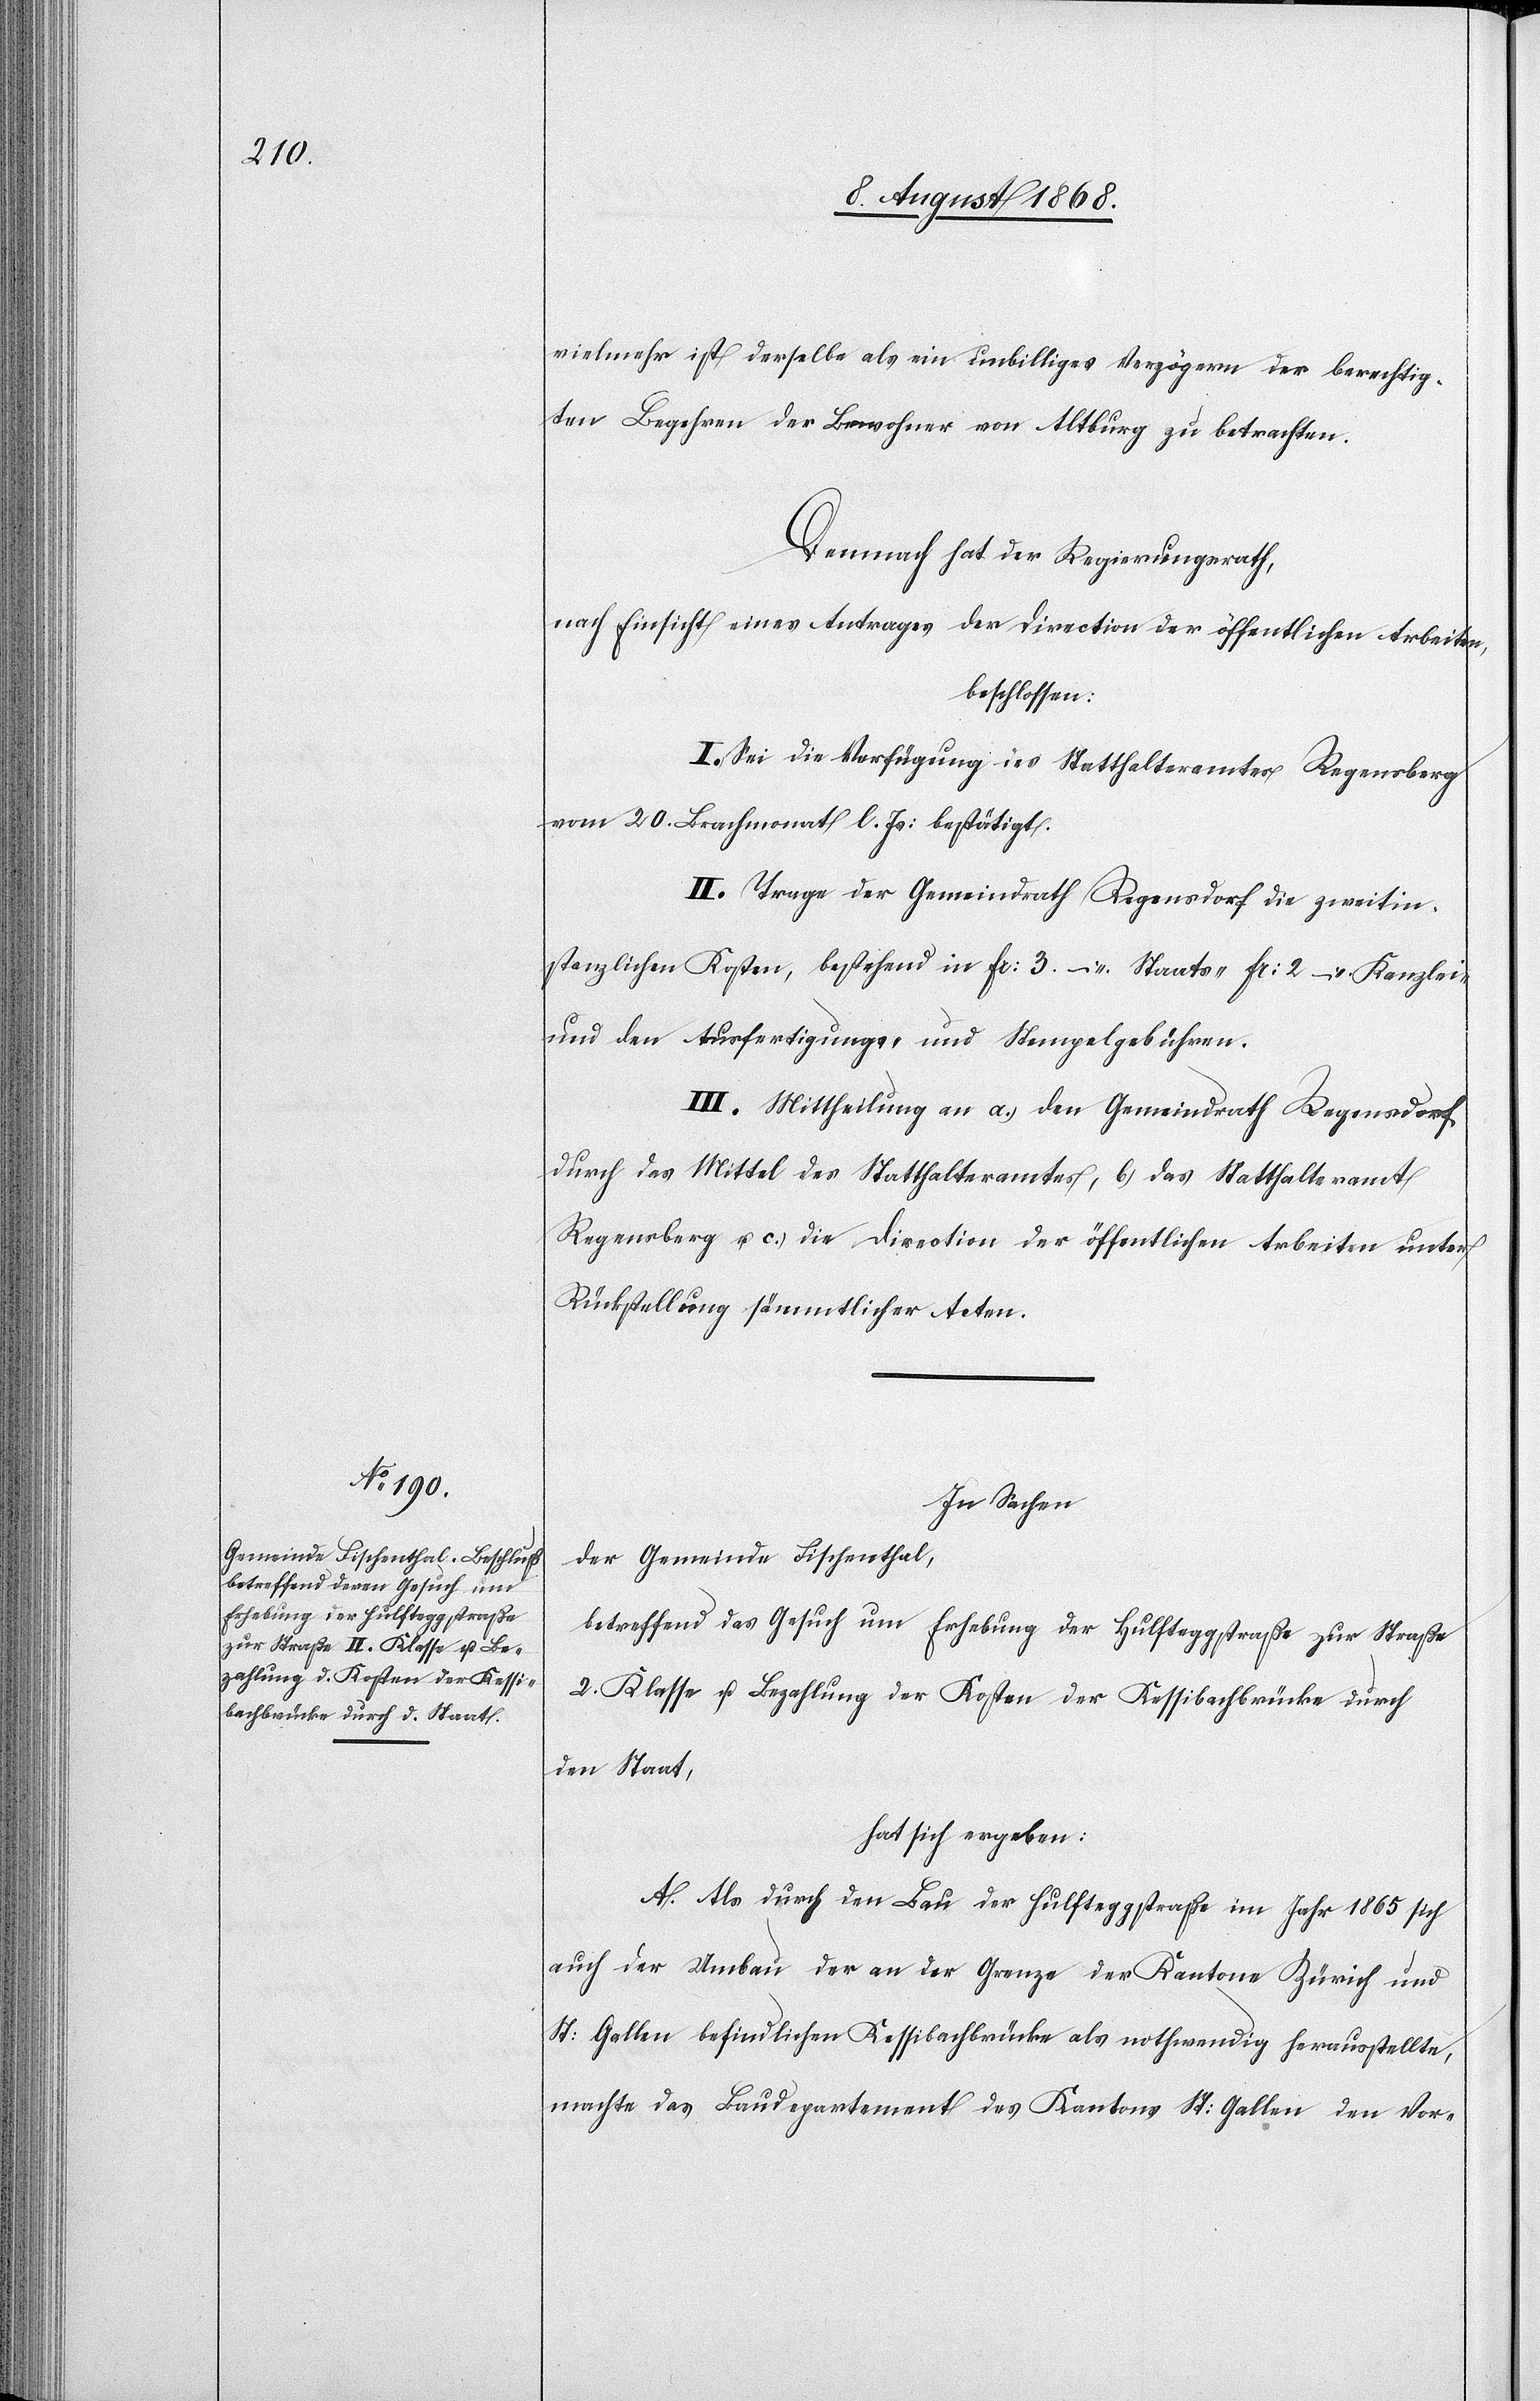
vielmehr ist derselbe als ein unbilliges Verzögern der berechtig¬
ten Begehren der Bewohner von Altburg zu betrachten.
Demnach hat der Regierungsrath,
nach Einsicht eines Antrages der Direction der öffentlichen Arbeiten,
beschlossen:
I. Sei die Verfügung des Statthalteramtes Regensberg
vom 20. Brachmonat l. Js: bestätigt.
II. Trage der Gemeindrath Regensdorf die zweitin¬
stanzlichen Kosten, bestehend in Fr: 3 – Staats-[,] Fr: 2 – Kanzlei-
und den Ausfertigungs- und Stempelgebühren.
III. Mittheilung an a.) den Gemeindrath Regensdorf
durch das Mittel des Statthalteramtes, b.) das Statthalteramt
Regensberg u. c.) die Direction der öffentlichen Arbeiten unter
Rückstellung sämmtlicher Acten.
In Sachen
der Gemeinde Fischenthal,
betreffend das Gesuch um Erhebung der Hulfteggstraße zur Straße
2. Klasse u. Bezahlung der Kosten der Kessibachbrücke durch
den Staat,
hat sich ergeben:
A. Als durch den Bau der Hulfteggstraße im Jahr 1865 sich
auch der Umbau der an der Grenze der Kantone Zürich und
St: Gallen befindlichen Kessibachbrücke als nothwendig herausstellte,
machte das Baudepartement des Kantons St: Gallen den Vor-